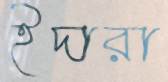
ইদারা